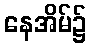
နေအိမ်၌